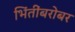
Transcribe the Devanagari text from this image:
भिंतींबरोबर